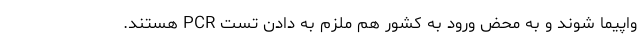
واپیما شوند و به محض ورود به کشور هم ملزم به دادن تست PCR هستند.